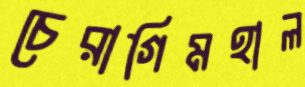
চেরাগিমহাল